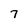
Character: 7